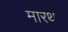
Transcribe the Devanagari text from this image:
मारथा